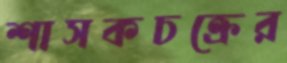
শাসকচক্রের